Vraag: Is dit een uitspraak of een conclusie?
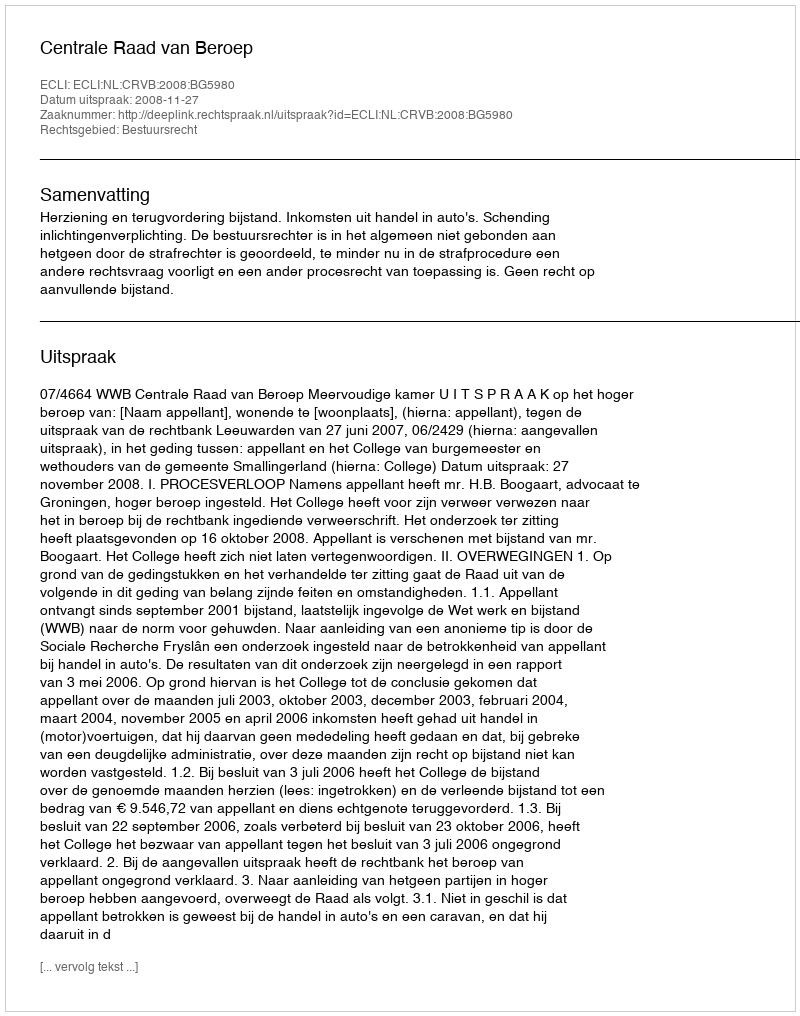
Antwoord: Uitspraak